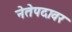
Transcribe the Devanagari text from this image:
नेतेपदावर